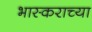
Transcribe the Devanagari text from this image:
भास्कराच्या